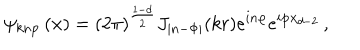
LaTeX: \psi _ { k n \textbf { p } \, } ( \textbf { x } ) = ( 2 \pi ) ^ { \frac { 1 - d } 2 } J _ { | n - \Phi | } ( k r ) e ^ { i n \varphi } e ^ { i \textbf { p } { \textbf { x } } _ { d - 2 } } \, ,